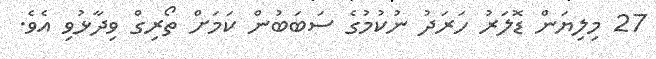
27 މިލިޔަން ޑޮލަރު ހަރަދު ނުކުމުގެ ސަބަބުން ކަމަށް ތޯރިގް ވިދާޅުވި އެވެ.